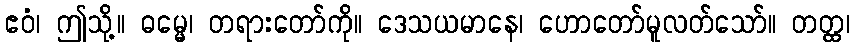
ဧဝံ၊ ဤသို့။ ဓမ္မေ၊ တရားတော်ကို။ ဒေသယမာနေ၊ ဟောတော်မူလတ်သော်။ တတ္ထ၊